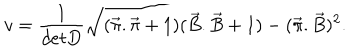
v = \frac { 1 } { d e t D } \sqrt { ( \vec { \pi } . \vec { \pi } + 1 ) ( \vec { B } . \vec { B } + 1 ) - ( \vec { \pi } . \vec { B } ) ^ { 2 } } .